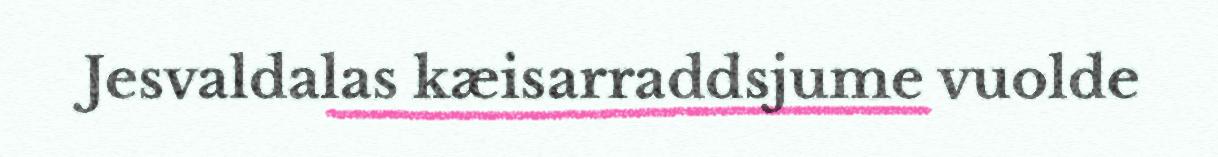
Jesvaldalas kæisarraddsjume vuolde